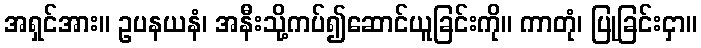
အရှင်အား။ ဥပနယနံ၊ အနီးသို့ကပ်၍ဆောင်ယူခြင်းကို။ ကာတုံ၊ ပြုခြင်းငှာ။